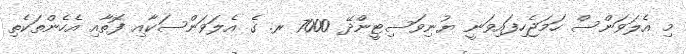
މި އެލަވަންސް ހަމަޖެހިފައިވަނީ ޔުނިވަސިޓީންދޭ 7000 ރ. ގެ އެލަވަންސަކާއި ފޮތާއި އެހެންތަކެތި